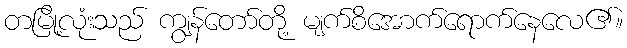
တမြို့လုံးသည် ကျွန်တော်တို့ မျက်စိအောက်ရောက်နေလေ၏။